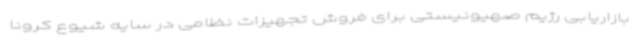
بازاریابی رژیم صهیونیستی برای فروش تجهیزات نظامی در سایه شیوع کرونا